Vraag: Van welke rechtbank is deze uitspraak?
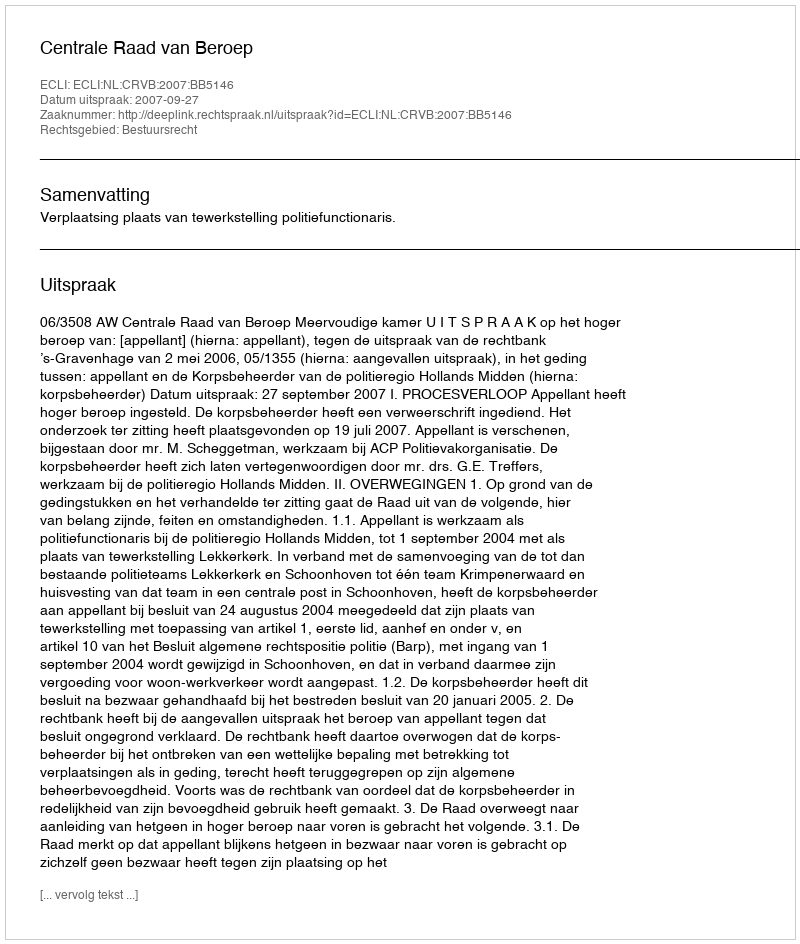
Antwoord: Centrale Raad van Beroep